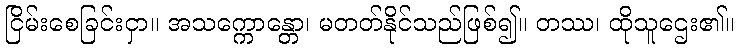
ငြိမ်းစေခြင်းငှာ။ အသက္ကောန္တော၊ မတတ်နိုင်သည်ဖြစ်၍။ တဿ၊ ထိုသူဌေး၏။